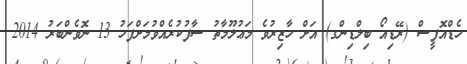
ހެޑްއޮފީސް (ރޭޑިއޯ ބިލްޑިންގ) އަށް ހާޒިރުވެ މަޢުލޫމާތު ސާފުކުރެއްވުމަށްފަހު 13 ނޮވެންބަރު 2014